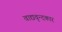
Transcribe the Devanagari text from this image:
वाद्यवृन्दकार